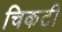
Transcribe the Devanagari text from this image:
चिकटी